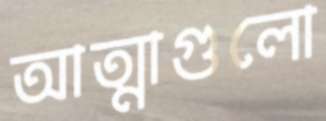
আত্মাগুলো